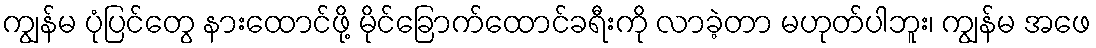
ကျွန်မ ပုံပြင်တွေ နားထောင်ဖို့ မိုင်ခြောက်ထောင်ခရီးကို လာခဲ့တာ မဟုတ်ပါဘူး၊ ကျွန်မ အဖေ